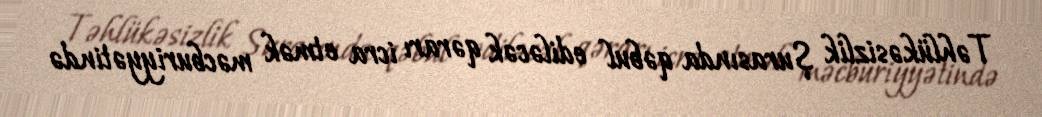
Təhlükəsizlik Şurasında qəbul ediləcək qərarı icra etmək məcburiyyətində